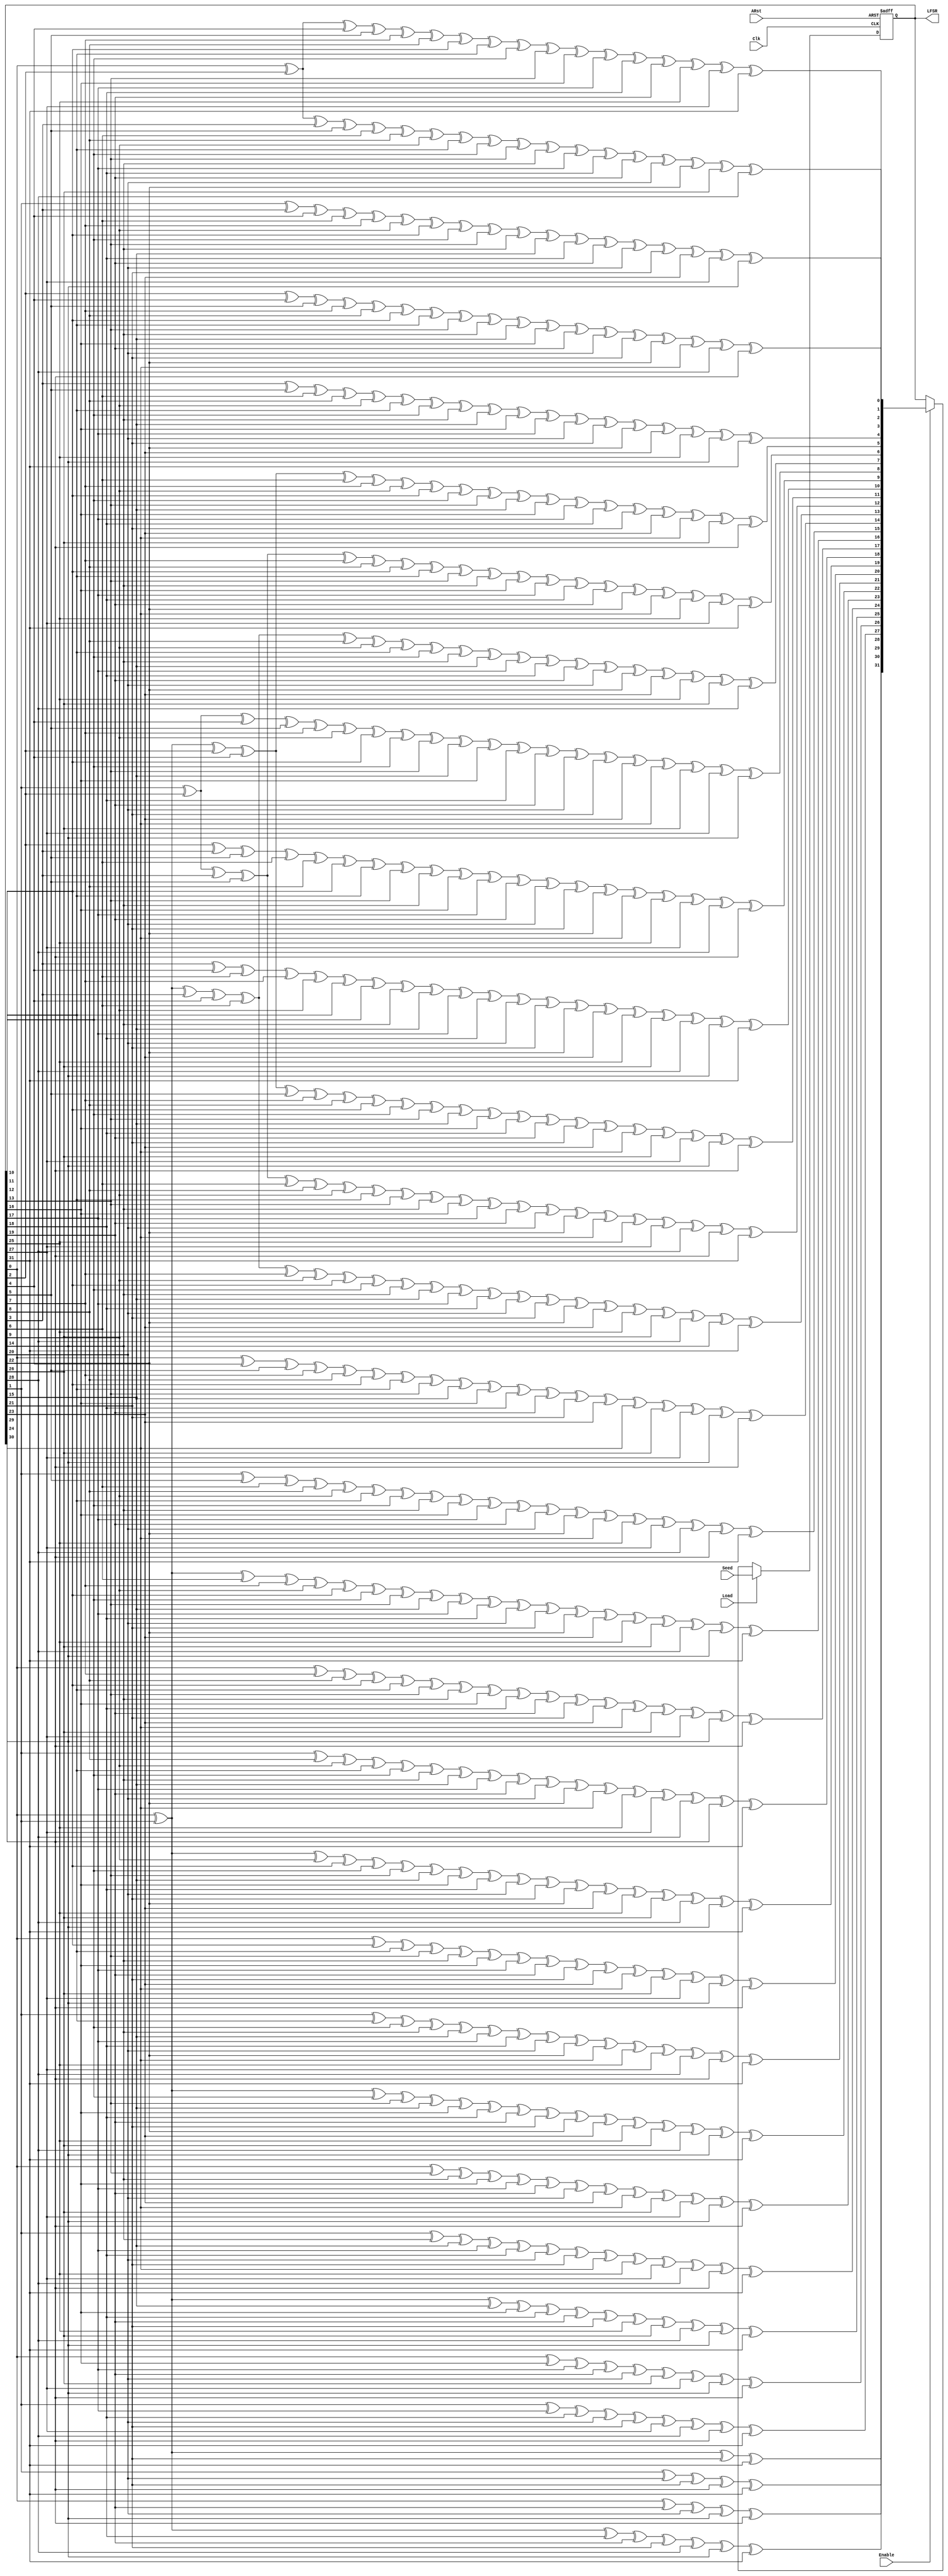
// vim: ts=4 sw=4 expandtab
//
// THIS IS GENERATED CODE.
// 
// This code is Public Domain.
// Permission to use, copy, modify, and/or distribute this software for any
// purpose with or without fee is hereby granted.
// 
// THE SOFTWARE IS PROVIDED "AS IS" AND THE AUTHOR DISCLAIMS ALL WARRANTIES
// WITH REGARD TO THIS SOFTWARE INCLUDING ALL IMPLIED WARRANTIES OF
// MERCHANTABILITY AND FITNESS. IN NO EVENT SHALL THE AUTHOR BE LIABLE FOR ANY
// SPECIAL, DIRECT, INDIRECT, OR CONSEQUENTIAL DAMAGES OR ANY DAMAGES WHATSOEVER
// RESULTING FROM LOSS OF USE, DATA OR PROFITS, WHETHER IN AN ACTION OF CONTRACT,
// NEGLIGENCE OR OTHER TORTIOUS ACTION, ARISING OUT OF OR IN CONNECTION WITH THE
// USE OR PERFORMANCE OF THIS SOFTWARE.

`ifndef LFSR32_V_
`define LFSR32_V_

// LFSR polynomial coeffiecients: x^32 + x^22 + x^2 + x^1 + 1
// LFSR width: 32 bits

module lfsr32 (
	input wire  Clk,
	input wire  ARst,
	input wire  Enable,
	input wire  Load,
	input wire  [31:0] Seed,
	output reg  [31:0] LFSR
);

	wire [31:0] newValue;

	always @(posedge Clk or posedge ARst) begin
		if (ARst == 1'b1) begin
			LFSR <= 0;
		end else begin
			if (Load == 1'b1) begin
				LFSR <= Seed;
			end else if (Enable == 1'b1) begin
				LFSR <= newValue;
			end
		end
	end

	assign newValue[0] = LFSR[0] ^ LFSR[2] ^ LFSR[4] ^ LFSR[5] ^ LFSR[7] ^ LFSR[8] ^ LFSR[10] ^ LFSR[11] ^ LFSR[12] ^ LFSR[13] ^ LFSR[16] ^ LFSR[17] ^ LFSR[18] ^ LFSR[19] ^ LFSR[25] ^ LFSR[27] ^ LFSR[31];
	assign newValue[1] = LFSR[0] ^ LFSR[2] ^ LFSR[3] ^ LFSR[5] ^ LFSR[6] ^ LFSR[8] ^ LFSR[9] ^ LFSR[11] ^ LFSR[12] ^ LFSR[13] ^ LFSR[14] ^ LFSR[17] ^ LFSR[18] ^ LFSR[19] ^ LFSR[20] ^ LFSR[22] ^ LFSR[26] ^ LFSR[28];
	assign newValue[2] = LFSR[1] ^ LFSR[3] ^ LFSR[4] ^ LFSR[6] ^ LFSR[7] ^ LFSR[9] ^ LFSR[10] ^ LFSR[12] ^ LFSR[13] ^ LFSR[14] ^ LFSR[15] ^ LFSR[18] ^ LFSR[19] ^ LFSR[20] ^ LFSR[21] ^ LFSR[23] ^ LFSR[27] ^ LFSR[29];
	assign newValue[3] = LFSR[2] ^ LFSR[4] ^ LFSR[5] ^ LFSR[7] ^ LFSR[8] ^ LFSR[10] ^ LFSR[11] ^ LFSR[13] ^ LFSR[14] ^ LFSR[15] ^ LFSR[16] ^ LFSR[19] ^ LFSR[20] ^ LFSR[21] ^ LFSR[22] ^ LFSR[24] ^ LFSR[28] ^ LFSR[30];
	assign newValue[4] = LFSR[3] ^ LFSR[5] ^ LFSR[6] ^ LFSR[8] ^ LFSR[9] ^ LFSR[11] ^ LFSR[12] ^ LFSR[14] ^ LFSR[15] ^ LFSR[16] ^ LFSR[17] ^ LFSR[20] ^ LFSR[21] ^ LFSR[22] ^ LFSR[23] ^ LFSR[25] ^ LFSR[29] ^ LFSR[31];
	assign newValue[5] = LFSR[0] ^ LFSR[1] ^ LFSR[2] ^ LFSR[4] ^ LFSR[6] ^ LFSR[7] ^ LFSR[9] ^ LFSR[10] ^ LFSR[12] ^ LFSR[13] ^ LFSR[15] ^ LFSR[16] ^ LFSR[17] ^ LFSR[18] ^ LFSR[21] ^ LFSR[23] ^ LFSR[24] ^ LFSR[26] ^ LFSR[30];
	assign newValue[6] = LFSR[1] ^ LFSR[2] ^ LFSR[3] ^ LFSR[5] ^ LFSR[7] ^ LFSR[8] ^ LFSR[10] ^ LFSR[11] ^ LFSR[13] ^ LFSR[14] ^ LFSR[16] ^ LFSR[17] ^ LFSR[18] ^ LFSR[19] ^ LFSR[22] ^ LFSR[24] ^ LFSR[25] ^ LFSR[27] ^ LFSR[31];
	assign newValue[7] = LFSR[0] ^ LFSR[1] ^ LFSR[3] ^ LFSR[4] ^ LFSR[6] ^ LFSR[8] ^ LFSR[9] ^ LFSR[11] ^ LFSR[12] ^ LFSR[14] ^ LFSR[15] ^ LFSR[17] ^ LFSR[18] ^ LFSR[19] ^ LFSR[20] ^ LFSR[22] ^ LFSR[23] ^ LFSR[25] ^ LFSR[26] ^ LFSR[28];
	assign newValue[8] = LFSR[1] ^ LFSR[2] ^ LFSR[4] ^ LFSR[5] ^ LFSR[7] ^ LFSR[9] ^ LFSR[10] ^ LFSR[12] ^ LFSR[13] ^ LFSR[15] ^ LFSR[16] ^ LFSR[18] ^ LFSR[19] ^ LFSR[20] ^ LFSR[21] ^ LFSR[23] ^ LFSR[24] ^ LFSR[26] ^ LFSR[27] ^ LFSR[29];
	assign newValue[9] = LFSR[2] ^ LFSR[3] ^ LFSR[5] ^ LFSR[6] ^ LFSR[8] ^ LFSR[10] ^ LFSR[11] ^ LFSR[13] ^ LFSR[14] ^ LFSR[16] ^ LFSR[17] ^ LFSR[19] ^ LFSR[20] ^ LFSR[21] ^ LFSR[22] ^ LFSR[24] ^ LFSR[25] ^ LFSR[27] ^ LFSR[28] ^ LFSR[30];
	assign newValue[10] = LFSR[3] ^ LFSR[4] ^ LFSR[6] ^ LFSR[7] ^ LFSR[9] ^ LFSR[11] ^ LFSR[12] ^ LFSR[14] ^ LFSR[15] ^ LFSR[17] ^ LFSR[18] ^ LFSR[20] ^ LFSR[21] ^ LFSR[22] ^ LFSR[23] ^ LFSR[25] ^ LFSR[26] ^ LFSR[28] ^ LFSR[29] ^ LFSR[31];
	assign newValue[11] = LFSR[0] ^ LFSR[1] ^ LFSR[2] ^ LFSR[4] ^ LFSR[5] ^ LFSR[7] ^ LFSR[8] ^ LFSR[10] ^ LFSR[12] ^ LFSR[13] ^ LFSR[15] ^ LFSR[16] ^ LFSR[18] ^ LFSR[19] ^ LFSR[21] ^ LFSR[23] ^ LFSR[24] ^ LFSR[26] ^ LFSR[27] ^ LFSR[29] ^ LFSR[30];
	assign newValue[12] = LFSR[1] ^ LFSR[2] ^ LFSR[3] ^ LFSR[5] ^ LFSR[6] ^ LFSR[8] ^ LFSR[9] ^ LFSR[11] ^ LFSR[13] ^ LFSR[14] ^ LFSR[16] ^ LFSR[17] ^ LFSR[19] ^ LFSR[20] ^ LFSR[22] ^ LFSR[24] ^ LFSR[25] ^ LFSR[27] ^ LFSR[28] ^ LFSR[30] ^ LFSR[31];
	assign newValue[13] = LFSR[0] ^ LFSR[1] ^ LFSR[3] ^ LFSR[4] ^ LFSR[6] ^ LFSR[7] ^ LFSR[9] ^ LFSR[10] ^ LFSR[12] ^ LFSR[14] ^ LFSR[15] ^ LFSR[17] ^ LFSR[18] ^ LFSR[20] ^ LFSR[21] ^ LFSR[22] ^ LFSR[23] ^ LFSR[25] ^ LFSR[26] ^ LFSR[28] ^ LFSR[29] ^ LFSR[31];
	assign newValue[14] = LFSR[0] ^ LFSR[4] ^ LFSR[5] ^ LFSR[7] ^ LFSR[8] ^ LFSR[10] ^ LFSR[11] ^ LFSR[13] ^ LFSR[15] ^ LFSR[16] ^ LFSR[18] ^ LFSR[19] ^ LFSR[21] ^ LFSR[23] ^ LFSR[24] ^ LFSR[26] ^ LFSR[27] ^ LFSR[29] ^ LFSR[30];
	assign newValue[15] = LFSR[1] ^ LFSR[5] ^ LFSR[6] ^ LFSR[8] ^ LFSR[9] ^ LFSR[11] ^ LFSR[12] ^ LFSR[14] ^ LFSR[16] ^ LFSR[17] ^ LFSR[19] ^ LFSR[20] ^ LFSR[22] ^ LFSR[24] ^ LFSR[25] ^ LFSR[27] ^ LFSR[28] ^ LFSR[30] ^ LFSR[31];
	assign newValue[16] = LFSR[0] ^ LFSR[1] ^ LFSR[6] ^ LFSR[7] ^ LFSR[9] ^ LFSR[10] ^ LFSR[12] ^ LFSR[13] ^ LFSR[15] ^ LFSR[17] ^ LFSR[18] ^ LFSR[20] ^ LFSR[21] ^ LFSR[22] ^ LFSR[23] ^ LFSR[25] ^ LFSR[26] ^ LFSR[28] ^ LFSR[29] ^ LFSR[31];
	assign newValue[17] = LFSR[0] ^ LFSR[7] ^ LFSR[8] ^ LFSR[10] ^ LFSR[11] ^ LFSR[13] ^ LFSR[14] ^ LFSR[16] ^ LFSR[18] ^ LFSR[19] ^ LFSR[21] ^ LFSR[23] ^ LFSR[24] ^ LFSR[26] ^ LFSR[27] ^ LFSR[29] ^ LFSR[30];
	assign newValue[18] = LFSR[1] ^ LFSR[8] ^ LFSR[9] ^ LFSR[11] ^ LFSR[12] ^ LFSR[14] ^ LFSR[15] ^ LFSR[17] ^ LFSR[19] ^ LFSR[20] ^ LFSR[22] ^ LFSR[24] ^ LFSR[25] ^ LFSR[27] ^ LFSR[28] ^ LFSR[30] ^ LFSR[31];
	assign newValue[19] = LFSR[0] ^ LFSR[1] ^ LFSR[9] ^ LFSR[10] ^ LFSR[12] ^ LFSR[13] ^ LFSR[15] ^ LFSR[16] ^ LFSR[18] ^ LFSR[20] ^ LFSR[21] ^ LFSR[22] ^ LFSR[23] ^ LFSR[25] ^ LFSR[26] ^ LFSR[28] ^ LFSR[29] ^ LFSR[31];
	assign newValue[20] = LFSR[0] ^ LFSR[10] ^ LFSR[11] ^ LFSR[13] ^ LFSR[14] ^ LFSR[16] ^ LFSR[17] ^ LFSR[19] ^ LFSR[21] ^ LFSR[23] ^ LFSR[24] ^ LFSR[26] ^ LFSR[27] ^ LFSR[29] ^ LFSR[30];
	assign newValue[21] = LFSR[1] ^ LFSR[11] ^ LFSR[12] ^ LFSR[14] ^ LFSR[15] ^ LFSR[17] ^ LFSR[18] ^ LFSR[20] ^ LFSR[22] ^ LFSR[24] ^ LFSR[25] ^ LFSR[27] ^ LFSR[28] ^ LFSR[30] ^ LFSR[31];
	assign newValue[22] = LFSR[0] ^ LFSR[1] ^ LFSR[12] ^ LFSR[13] ^ LFSR[15] ^ LFSR[16] ^ LFSR[18] ^ LFSR[19] ^ LFSR[21] ^ LFSR[22] ^ LFSR[23] ^ LFSR[25] ^ LFSR[26] ^ LFSR[28] ^ LFSR[29] ^ LFSR[31];
	assign newValue[23] = LFSR[0] ^ LFSR[13] ^ LFSR[14] ^ LFSR[16] ^ LFSR[17] ^ LFSR[19] ^ LFSR[20] ^ LFSR[23] ^ LFSR[24] ^ LFSR[26] ^ LFSR[27] ^ LFSR[29] ^ LFSR[30];
	assign newValue[24] = LFSR[1] ^ LFSR[14] ^ LFSR[15] ^ LFSR[17] ^ LFSR[18] ^ LFSR[20] ^ LFSR[21] ^ LFSR[24] ^ LFSR[25] ^ LFSR[27] ^ LFSR[28] ^ LFSR[30] ^ LFSR[31];
	assign newValue[25] = LFSR[0] ^ LFSR[1] ^ LFSR[15] ^ LFSR[16] ^ LFSR[18] ^ LFSR[19] ^ LFSR[21] ^ LFSR[25] ^ LFSR[26] ^ LFSR[28] ^ LFSR[29] ^ LFSR[31];
	assign newValue[26] = LFSR[0] ^ LFSR[16] ^ LFSR[17] ^ LFSR[19] ^ LFSR[20] ^ LFSR[26] ^ LFSR[27] ^ LFSR[29] ^ LFSR[30];
	assign newValue[27] = LFSR[1] ^ LFSR[17] ^ LFSR[18] ^ LFSR[20] ^ LFSR[21] ^ LFSR[27] ^ LFSR[28] ^ LFSR[30] ^ LFSR[31];
	assign newValue[28] = LFSR[0] ^ LFSR[1] ^ LFSR[18] ^ LFSR[19] ^ LFSR[21] ^ LFSR[28] ^ LFSR[29] ^ LFSR[31];
	assign newValue[29] = LFSR[0] ^ LFSR[19] ^ LFSR[20] ^ LFSR[29] ^ LFSR[30];
	assign newValue[30] = LFSR[1] ^ LFSR[20] ^ LFSR[21] ^ LFSR[30] ^ LFSR[31];
	assign newValue[31] = LFSR[0] ^ LFSR[1] ^ LFSR[21] ^ LFSR[31];
endmodule
`endif // LFSR32_V_